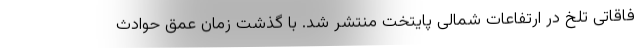
فاقاتی تلخ در ارتفاعات شمالی پایتخت منتشر شد. با گذشت زمان عمق حوادث